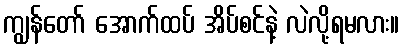
ကျွန်တော် အောက်ထပ် အိပ်စင်နဲ့ လဲလို့ရမလား။